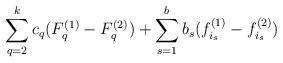
LaTeX: \begin{align*}\sum_{q=2}^{k} c_q (F^{(1)}_{q}-F^{(2)}_q) + \sum_{s=1}^b b_s (f^{(1)}_{i_s}-f^{(2)}_{i_s}) \end{align*}